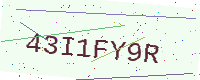
Text: 43I1FY9R